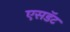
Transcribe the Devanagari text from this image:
एसडॅट